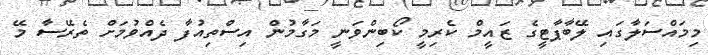
މިމައްސަލާގައި ލޭބާޕާޓީގެ ޒައީމް ކެރިމީ ކޯބިންވަނީ މަގާމުން އިސްތިއުފާ ދެއްވުމަށް ތެރޭސާ މޭ